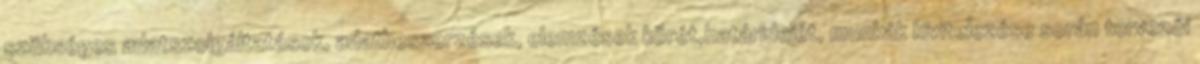
szükséges adatszolgáltatások, adatbeszerzések, elemzések körét,határidejét, munkák kivitelezése során tervezői